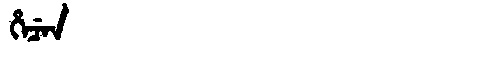
Manchu: ᡥᡝᠴᡝᠨ
Romanization: HECEN